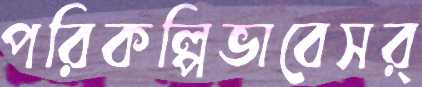
পরিকল্পিভাবেসর্